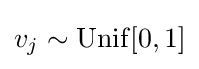
v_{j}\sim \mathrm {Unif} [0,1]